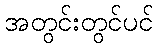
အတွင်းတွင်ပင်